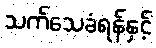
သက်သေခံရန်နှင့်